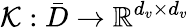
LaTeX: \mathcal{K}:\bar{D}\rightarrow\mathbb{R}^{d_{v}\times d_{v}}